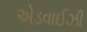
એડવાઈઝી